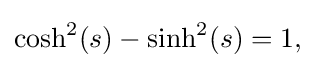
{\textstyle \cosh ^{2}(s)-\sinh ^{2}(s)=1,}